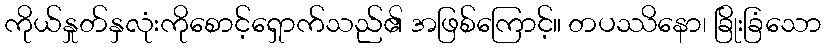
ကိုယ်နှုတ်နှလုံးကိုစောင့်ရှောက်သည်၏ အဖြစ်ကြောင့်။ တပဿိနော၊ ခြိုးခြံသော